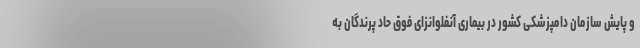
و پایش سازمان دامپزشکی کشور در بیماری آنفلوانزای فوق حاد پرندگان به